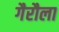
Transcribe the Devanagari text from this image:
गैरौला